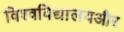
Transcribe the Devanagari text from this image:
विश्वविद्यालयऔर